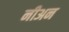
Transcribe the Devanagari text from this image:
नीअन